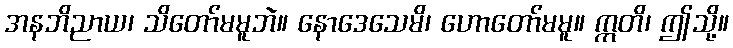
အနဘိညာယ၊ သိတော်မမူဘဲ။ နောဒေသေမိ၊ ဟောတော်မမူ။ ဣတိ၊ ဤသို့။